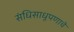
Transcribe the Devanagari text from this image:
संधिसाधूपणाचे